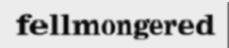
fellmongered